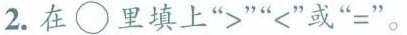
2.在\circ里填上”>””<”或”=”。